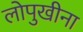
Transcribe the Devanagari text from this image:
लोपुखीना